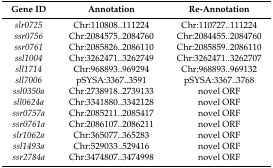
| Gene ID | Annotation | Re-Annotation |
 | --- | --- | --- |
 | slr0725 | Chr:110808..111224 | Chr:110727..111224 |
 | ssr0756 | Chr:2084575..2084760 | Chr:2084455..2084760 |
 | ssr0761 | Chr:2085826..2086110 | Chr:2085859..2086110 |
 | ssl1004 | Chr:3262471..3262749 | Chr:3262471..3262707 |
 | sll1714 | Chr:968893..969294 | Chr:968893..969132 |
 | sll7006 | pSYSA:3367..3591 | pSYSA:3367..3768 |
 | ssl0350a | Chr:2738918..2739133 | novel ORF |
 | sll0624a | Chr:3341880..3342128 | novel ORF |
 | ssr0757a | Chr:2085211..2085417 | novel ORF |
 | ssr0761a | Chr:2086107..2086211 | novel ORF |
 | slr1062a | Chr:365077..365283 | novel ORF |
 | ssl1493a | Chr:529033..529416 | novel ORF |
 | ssr2784a | Chr:3474807..3474998 | novel ORF |